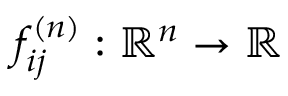
f _ { i j } ^ { ( n ) } : \mathbb { R } ^ { n } \to \mathbb { R }